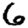
Digit: 6